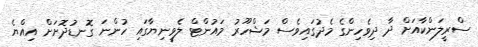
ސްރީލަންކާއަށް ދާ ދިވެހިންގެ މެދުގައިވެސް މަޝްހޫރު މައުންޓް ލެވީނިޔާގައި ހުންނަ ގޮނޑުދޮށަށް އިއްޔެ